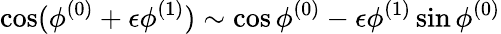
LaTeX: \cos(\phi^{(0)}+\epsilon\phi^{(1)})\sim\cos\phi^{(0)}-\epsilon\phi^{(1)}\sin\phi^{(0)}